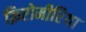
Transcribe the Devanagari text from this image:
क्रिप्टोमीरिया